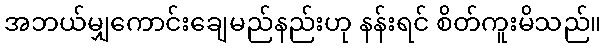
အဘယ်မျှကောင်းချေမည်နည်းဟု နန်းရင် စိတ်ကူးမိသည်။